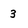
Character: 3